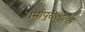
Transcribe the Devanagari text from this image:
धर्मापुरीतीलच